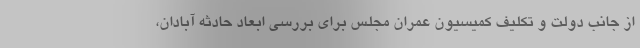
از جانب دولت و تکلیف کمیسیون عمران مجلس برای بررسی ابعاد حادثه آبادان،